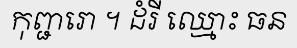
កុញ្ជរោ ។ ដំរី ឈ្មោះ ធន